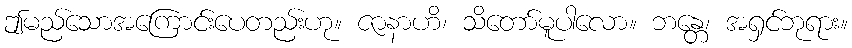
ဤမည်သောအကြောင်းပေတည်းဟု။ ဇာနာဟိ၊ သိတော်မူပါလော။ ဘန္တေ၊ အရှင်ဘုရား။